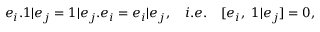
e _ { i } . 1 | e _ { j } = 1 | e _ { j } . e _ { i } = e _ { i } | e _ { j } , \quad i . e . \quad [ e _ { i } , ~ 1 | e _ { j } ] = 0 ,